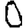
Digit: 0